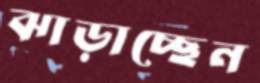
ঝাড়াচ্ছেন